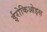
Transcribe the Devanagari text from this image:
ईरोकिओइस